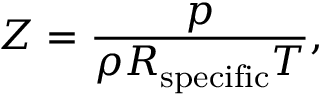
Z = { \frac { p } { \rho R _ { \mathrm { s p e c i f i c } } T } } ,